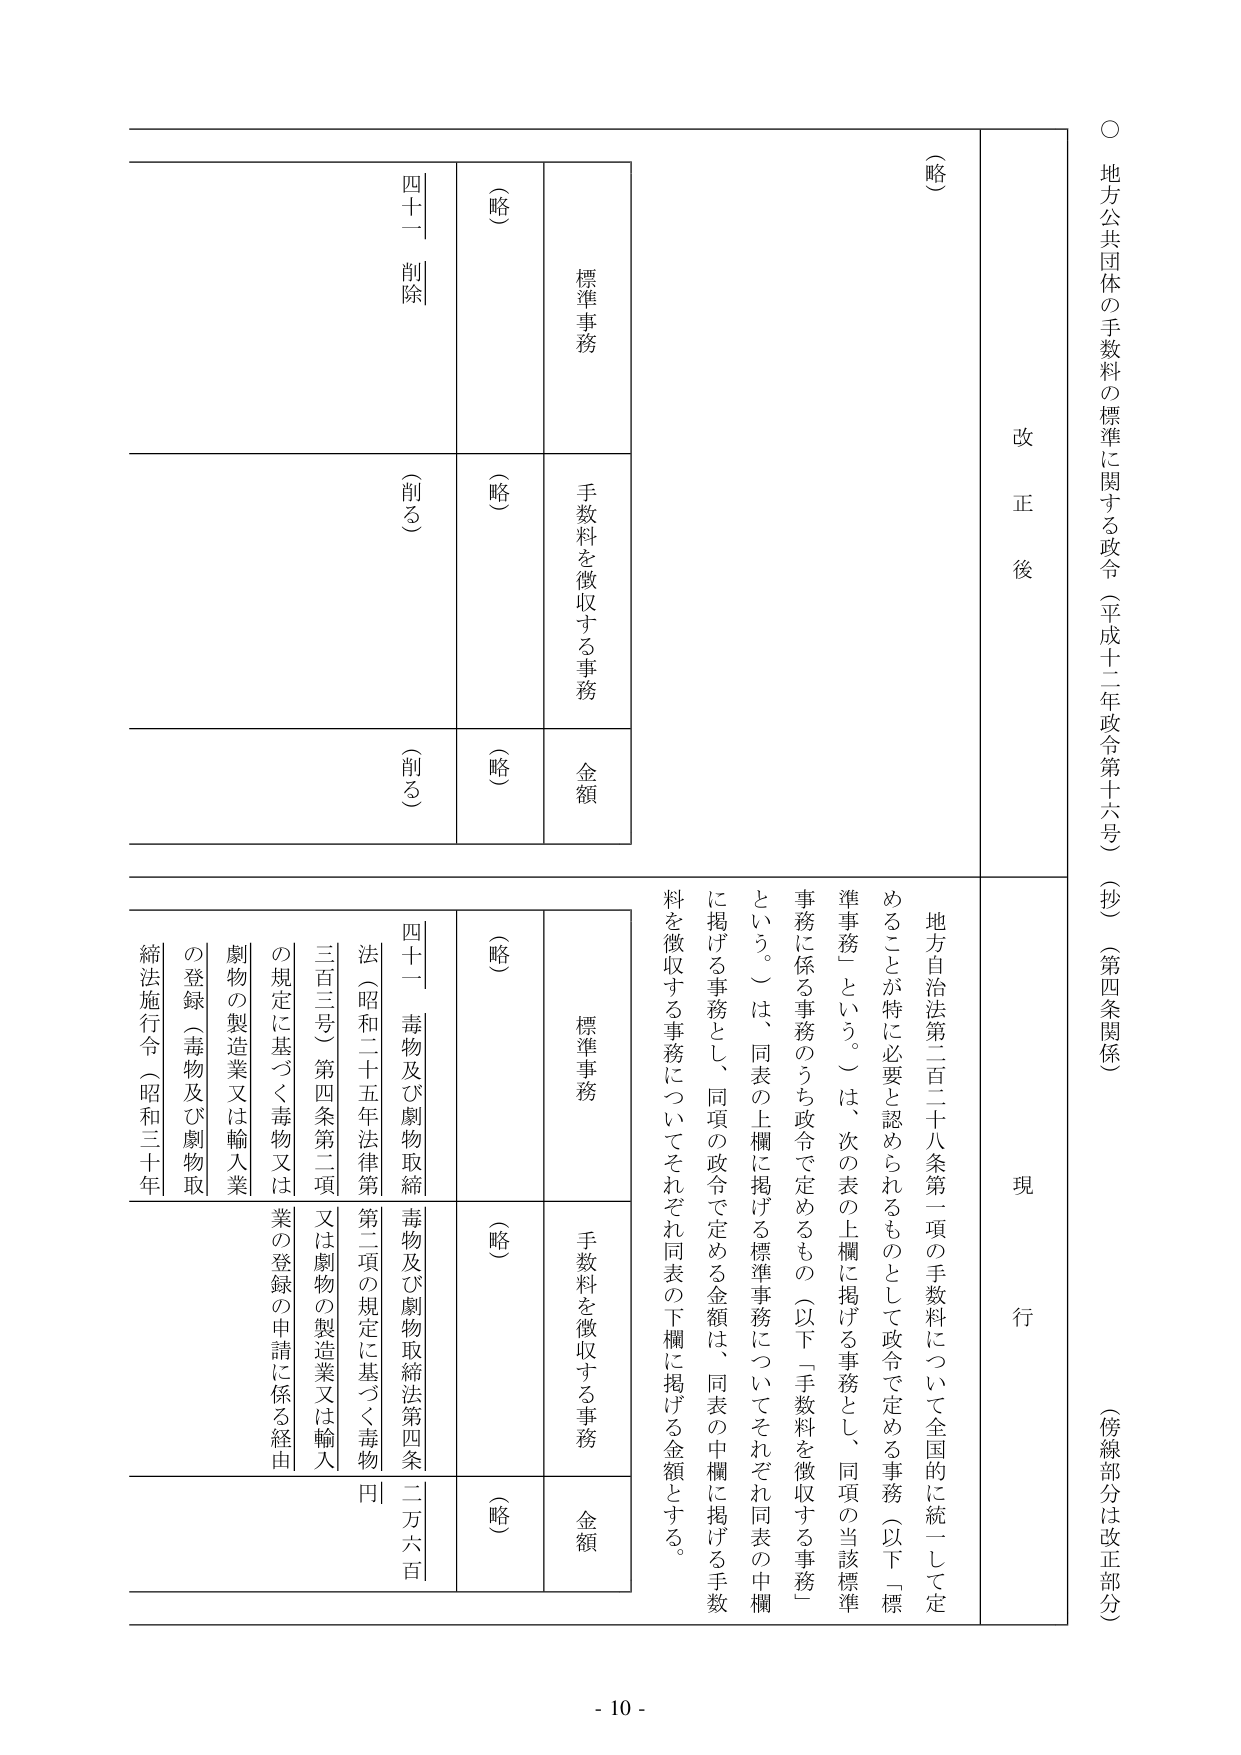
○ 地方公共団体の手数料の標準に関する政令（平成十二年政令第十六号）（抄）（第四条関係）（傍線部分は改正部分）

改正後

（略）

現行

地方自治法第二百二十八条第一項の手数料について全国的に統一して定めることが特に必要と認められるものとして政令で定める事務（以下「標準事務」という。）は、次の表の上欄に掲げる事務とし、同項の当該標準事務に係る事務のうち政令で定めるもの（以下「手数料を徴収する事務」という。）は、同表の上欄に掲げる標準事務についてそれぞれ同表の中欄に掲げる事務とし、同項の政令で定める金額は、同表の中欄に掲げる手数料を徴収する事務についてそれぞれ同表の下欄に掲げる金額とする。

標準事務
手数料を徴収する事務
金額

（略）
（略）
（略）

四十一 削除
（削る）
（削る）

（略）
（略）
（略）

四十一 毒物及び劇物取締法（昭和二十五年法律第三百三号）第四条第二項の規定に基づく毒物又は劇物の製造業又は輸入業の登録の申請に係る経由劇物の製造業又は輸入業の登録（毒物及び劇物取締法施行令（昭和三十年
毒物及び劇物取締法第四条第二項の規定に基づく毒物又は劇物の製造業又は輸入業の登録の申請に係る経由劇物の製造業又は輸入業の登録（毒物及び劇物取締法施行令（昭和三十年
二万六百円

- 10 -